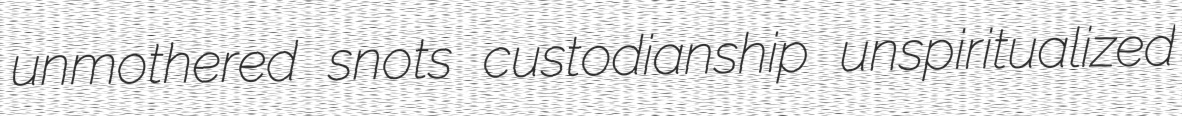
unmothered snots custodianship unspiritualized